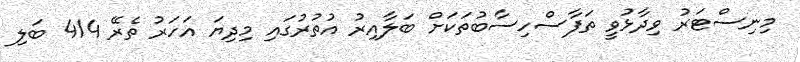
މިނިސްޓަރު ވިދާޅުވީ ތަފާސްހިސާބުތަކަށް ބަލާއިރު އުތުރުގައި މިދިޔަ އަހަރު ތެރޭ 414 ބަލި